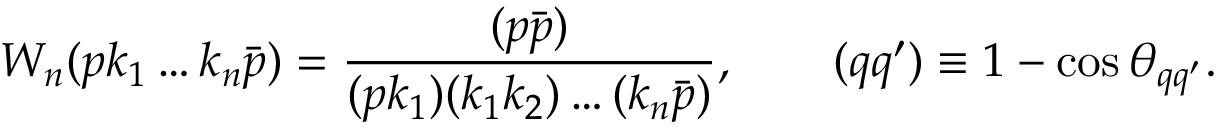
W _ { n } ( p k _ { 1 } \ldots k _ { n } \bar { p } ) = \frac { ( p \bar { p } ) } { ( p k _ { 1 } ) ( k _ { 1 } k _ { 2 } ) \ldots ( k _ { n } \bar { p } ) } , \qquad ( q q ^ { \prime } ) \equiv 1 - \cos \theta _ { q q ^ { \prime } } .